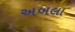
અબલા